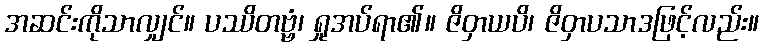
အဆင်းကိုသာလျှင်။ ပဿိတဗ္ဗံ၊ ရှုအပ်ရာ၏။ ဇိဝှာယပိ၊ ဇိဝှာပသာဒဖြင့်လည်း။